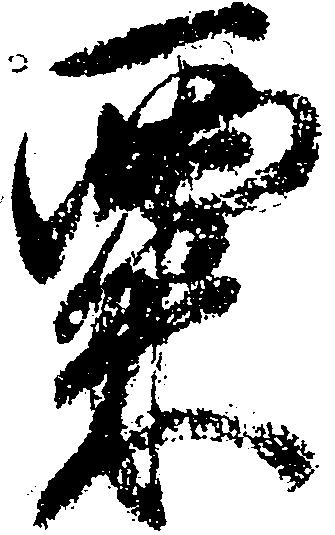
粟